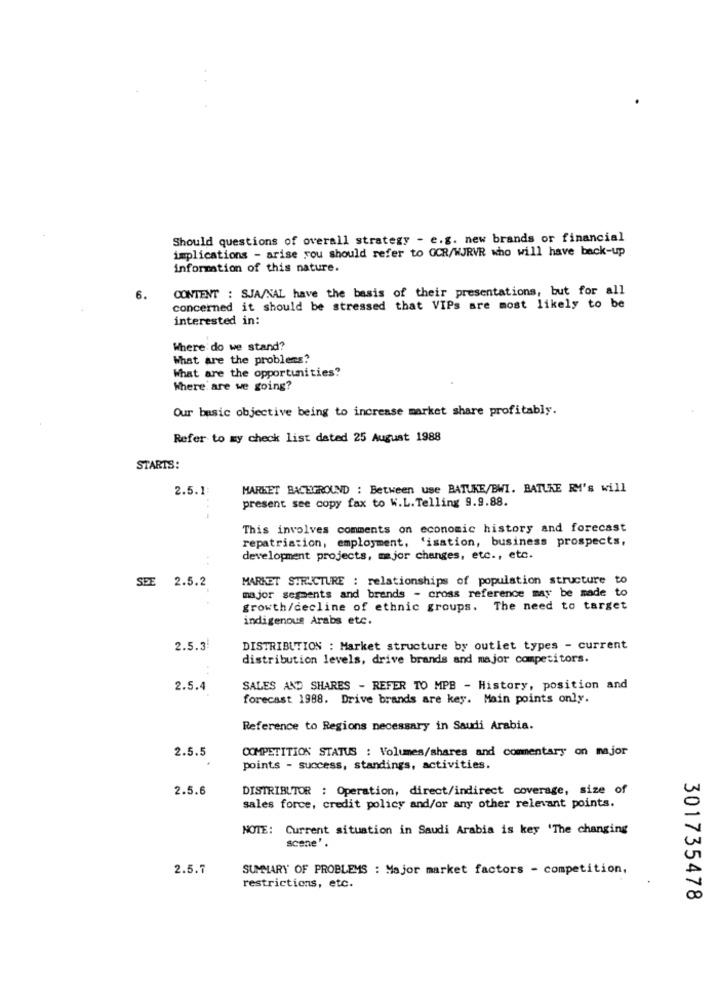
Should questions of overall strategy - e.g. new brands or financial
implications - arise you should refer to OCR/WJRVR who will have back-up
information of this nature.
CONTENT : SJA/NAL have the basis of their presentations, but for all
6.
concerned it should be stressed that VIPs are most likely to be
interested in:
Where do we stand?
What are the problems.
What are the opportunities?
Where are we going?
Our basic objective being to increase market share profitably.
Refer to my check list dated 25 August 1988
STARTS:
2.5.1
MARKET BACHGROUND : Between use BATURE/BWI. BATLKE RM's will
present see copy fax to W.L. Telling 9.9.88.
This involves comments on economic history and forecast
repatriation, employment, 'isation, business prospects,
development projects, major changes, etc ., etc.
SEE 2.5.2
MARKET STRUCTURE : relationships of population structure to
major segments and brands - cross reference may be made to
growth/decline of ethnic groups. The need to target
indigenous Arabs etc.
2.5.3
DISTRIBUTION : Market structure by outlet types - current
distribution levels, drive brands and major competitors.
2.5.4
SALES AND SHARES - REFER TO MPB - History, position and
forecast 1988. Drive brands are key. Main points only.
Reference to Regions necessary in Saudi Arabia.
2.5.5
COMPETITION STATUS : Volumes/shares and commentary on major
points - success, standings, activities.
2.5.6
DISTRIBUTOR : Operation, direct/indirect coverage, size of
sales force, credit policy and/or any other relevant points.
NOTE: Current situation in Saudi Arabia is key 'The changing
scene ..
2.5.7
SUMMARY OF PROBLEMS : Major market factors - competition,
restrictions, etc.
301735478